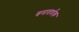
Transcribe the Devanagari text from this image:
बमवर्धक